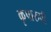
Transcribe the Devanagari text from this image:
कृपारुपी